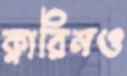
ক্লারিনও